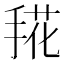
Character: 𰔀